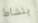
بنشاط